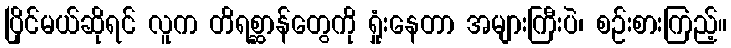
ပြိုင်မယ်ဆိုရင် လူက တိရစ္ဆာန်တွေကို ရှုံးနေတာ အများကြီးပဲ၊ စဉ်းစားကြည့်။